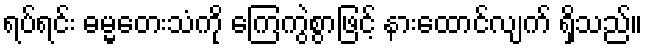
ရပ်ရင်း ဓမ္မတေးသံကို ကြေကွဲစွာဖြင့် နားထောင်လျက် ရှိသည်။